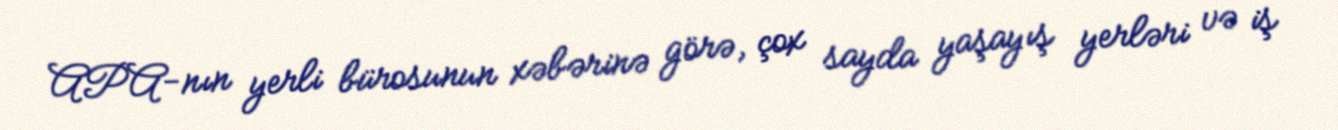
APA-nın yerli bürosunun xəbərinə görə, çox sayda yaşayış yerləri və iş